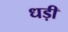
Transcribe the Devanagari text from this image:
धड़ी